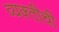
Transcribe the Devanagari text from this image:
व्‍यक्‍तीची